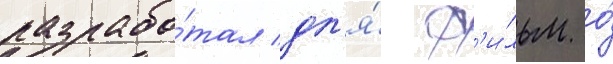
разрабо́тал дл'я́ ф'и́льм о́